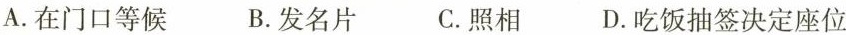
A. 在门口等候 B. 发名片C. 照相 D. 吃饭抽签决定座位